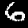
Label: 6